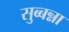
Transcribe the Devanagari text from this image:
सुब्बन्ना